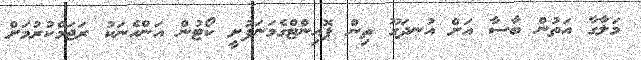
މަލާގާ އަތުން ބާސާ އަށް އުނދަގޫ ތިން ޕޮއިންޓްގެމަނަފުށީ ކޯޓުން އަންހެނަކު ރަޖަމްކުރުމަށް